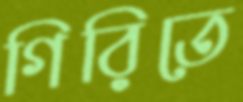
গিরিতে